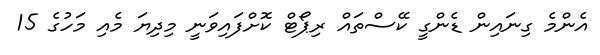
އެންމެ ގިނައިން ޑެންގީ ކޭސްތައް ރިޕޯޓް ކޮށްފައިވަނީ މިދިޔަ މެއި މަހުގެ 15